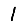
Digit: 1